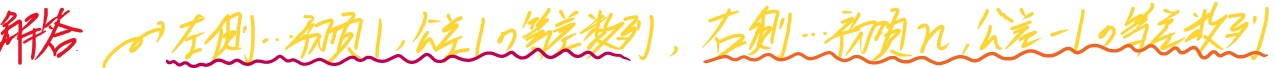
解答：左侧：首项1，公差1的等差数列，右侧：首项$n$，公差 -1的等差数列。